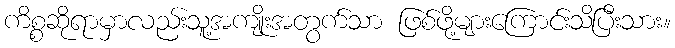
ကိစ္စဆိုရာမှာလည်းသူ့အကျိုးအတွက်သာ ဖြစ်ဖို့များကြောင်းသိပြီးသား။